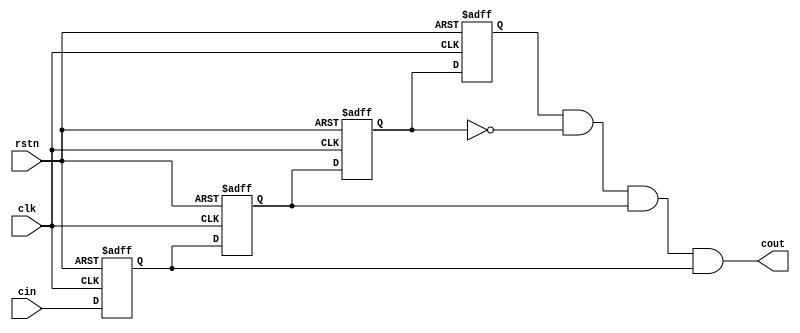
module  edge_mod(
input clk,
input rstn,
input cin,
output cout
);

reg cin_f;
reg cin_ff;
reg cin_fff;
reg cin_ffff;

always @(posedge clk or negedge rstn)
begin
 if(~rstn)
  begin
   cin_f <= 1'b0;
   cin_ff <= 1'b0;
   cin_fff <= 1'b0;
   cin_ffff <= 1'b0;
  end
 else
  begin
   cin_f <= cin;
   cin_ff <= cin_f;
   cin_fff <= cin_ff;
   cin_ffff <= cin_fff;
  end
end

assign cout = cin_ffff & ~cin_fff & cin_ff & cin_f;

endmodule